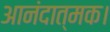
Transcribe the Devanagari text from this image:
आनंदात्मक।